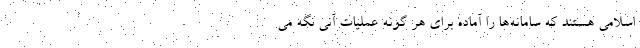
اسلامی هستند که سامانه‌ها را آماده برای هر گونه عملیات آنی نگه می